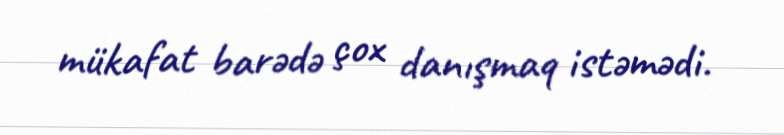
mükafat barədə çox danışmaq istəmədi.